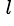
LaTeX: ^{\, l}